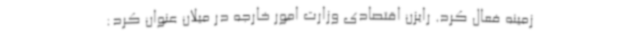
زمینه فعال کرد. رایزن اقتصادی وزارت امور خارجه در میلان عنوان کرد: